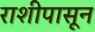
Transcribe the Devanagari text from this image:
राशीपासून